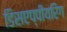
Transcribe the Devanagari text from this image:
डिसएप्पीयरिंग